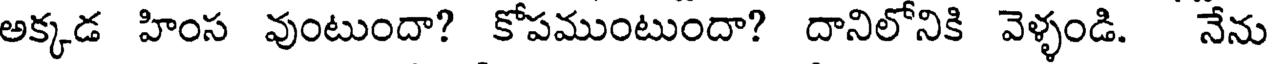
అక్కడ హింస వుంటుందా? కోపముంటుందా? దానిలోనికి వెళ్ళండి. నేను